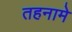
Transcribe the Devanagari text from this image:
तहनामे